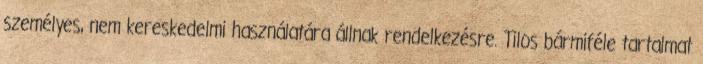
személyes, nem kereskedelmi használatára állnak rendelkezésre. Tilos bármiféle tartalmat